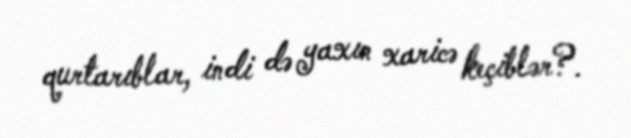
qurtarıblar, indi də yaxın xaricə keçiblər?.